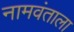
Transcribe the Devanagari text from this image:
नामवंताला